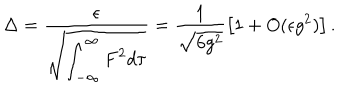
\Delta = \frac { \epsilon } { \sqrt { \displaystyle \int _ { - \infty } ^ { \infty } F ^ { 2 } d \tau } } = \frac { 1 } { \sqrt { 6 g ^ { 2 } } } \left[ 1 + O ( \epsilon g ^ { 2 } ) \right] .